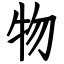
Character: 物